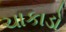
ચાકાડો